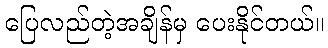
ပြေလည်တဲ့အချိန်မှ ပေးနိုင်တယ်။